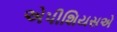
એપીશિયસએ